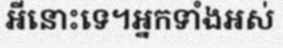
អីនោះទេ។អ្នកទាំងអស់